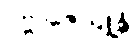
ပဗ္ဗာဇေယျုန္တိ